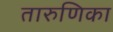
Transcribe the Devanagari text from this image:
तारुणिका